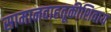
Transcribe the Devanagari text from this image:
सामानवाहतूकीशिवाय